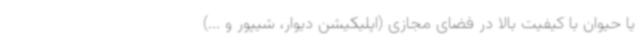
یا حیوان با کیفیت بالا در فضای مجازی (اپلیکیشن دیوار، شیپور و ...)